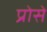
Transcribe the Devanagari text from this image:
प्रोसे